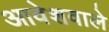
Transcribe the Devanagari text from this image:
आवेशवाले